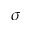
\sigma